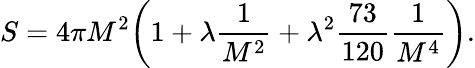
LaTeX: S=4\pi M^{2}\biggl(1+\lambda\frac{1}{M^{2}}+\lambda^{2}\frac{73}{120}\frac{1}{M^{4}}\biggr).